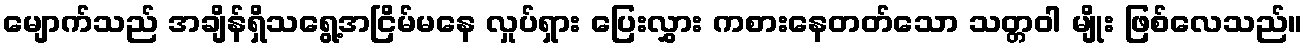
မျောက်သည် အချိန်ရှိသရွေ့အငြိမ်မနေ လှုပ်ရှား ပြေးလွှား ကစားနေတတ်သော သတ္တဝါ မျိုး ဖြစ်လေသည်။